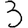
Digit: 3